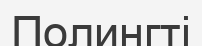
Полингті